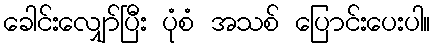
ခေါင်းလျှော်ပြီး ပုံစံ အသစ် ပြောင်းပေးပါ။